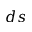
d s